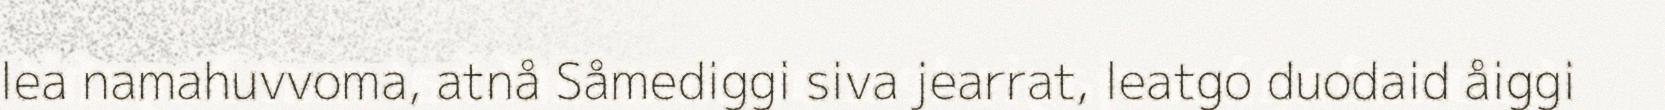
lea namahuvvoma, atnå Såmediggi siva jearrat, leatgo duodaid åiggi